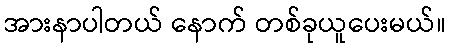
အားနာပါတယ် နောက် တစ်ခုယူပေးမယ်။